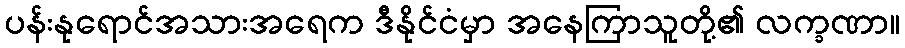
ပန်းနုရောင်အသားအရေက ဒီနိုင်ငံမှာ အနေကြာသူတို့၏ လက္ခဏာ။